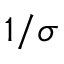
1 / \sigma